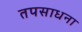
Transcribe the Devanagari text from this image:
तपसाधना